system: You are a helpful assistant.
user:
Analyze the provided spectrum to determine if it is a **White Dwarf (WD)**.

A White Dwarf spectrum is defined by its **extreme purity** (due to gravitational settling) and/or **extreme pressure broadening** (due to high surface gravity). You must check for one of the following mutually exclusive signatures:

- **Key Visual Indicators (Check for ONE of these types):**

    - **1. DA-Type Signature (Most Common):**
        - **(Primary Feature):** Extreme pressure broadening (Stark broadening) of the **Hydrogen (H) Balmer lines**.
        - **(Key Lines):** $H\beta$ (approx. $4861$ Å) and $H\gamma$ (approx. $4340$ Å). $H\alpha$ (approx. $6563$ Å) will also be present if the wavelength range covers it.
        - **(Line Profile):** This is the **defining feature**. The lines are **NOT** sharp. They appear as massive, **extremely broad and deep "troughs" or "dips"** in the spectrum, often hundreds of Ångströms wide. The continuum will appear to "scoop" down at these wavelengths.
        - **(Distinction):** Normal A-type or B-type stars have *narrow* and *sharp* Hydrogen lines. A DA White Dwarf's lines are unmistakably "smeared" or "blurry" from pressure.

    - **2. DB-Type Signature:**
        - **(Primary Feature):** Broad absorption lines from **Neutral Helium (He I)**. The spectrum must lack any visible Hydrogen lines.
        - **(Key Lines):** Look for broad absorption near $4471$ Å, $4921$ Å, and $5876$ Å.
        - **(Line Profile):** These lines are also significantly pressure-broadened, appearing much wider than they would in a normal B-type main-sequence star.

    - **3. DC-Type Signature:**
        - **(Primary Feature):** A **featureless continuous spectrum**.
        - **(Line Profile):** The spectrum is a smooth curve with **no significant absorption or emission lines**.
        - **(Key Confirmation):** The continuum is almost always **blue or white**, indicating a hot object. This signature implies the atmosphere is so pure (or so cool) that no spectral lines are visible in the optical range. Its WD identity is confirmed by its extremely low intrinsic brightness (high absolute magnitude).

    - **4. DZ-Type Signature (Metal-Polluted):**
        - **(Primary Feature):** **Isolated, narrow metal absorption lines** on an otherwise featureless (DC-like) continuum.
        - **(Key Lines):** The **Calcium (Ca II) H & K doublet** (approx. **$3934$ Å** and **$3968$ Å**) is the most common and defining feature.
        - **(Line Profile):** These lines are "out of place." They are *not* part of a "forest" of thousands of lines. This signature is evidence of recent *accretion* (pollution) from rocky debris.
        - **(Distinction):** Normal G/K/M stars have a *dense forest* of thousands of metal lines. A DZ has a *clean* continuum with *only a few* strong metal lines.

    - **5. DQ-Type Signature (Carbon-Polluted):**
        - **(Primary Feature):** Absorption bands from **Carbon (C₂ "Swan Bands" or atomic C I)**.
        - **(Key Lines - C₂):** Look for bandheads with a "saw-tooth" shape near $5635$ Å, **$5165$ Å** (strongest), and $4737$ Å.
        - **(Key Confirmation):** The underlying **continuum must be blue or white** (hot).
        - **(Distinction):** This is the critical difference from a **Carbon Star**, which has the *exact same* C₂ bands but on an extremely **red, cool** continuum.

- **(Overall Spectrum):**
    - The continuum (overall shape) is typically **blue-sloping** (brighter in the blue than the red), as most white dwarfs are very hot.
    - The spectrum will look "pure" or "simple," dominated by only *one* of the five signatures listed above.

Think first, call **spectral_visualization_tool** if needed to examine features in detail, then provide your final answer. Your response must adhere to the following strict rules:
1.  **Overall Structure:** Your response must follow the format `<think>...</think> <tool_call>...</tool_call> (if a tool is used) <answer>...</answer>`.
2.  **Tool Usage Constraint:** You may only make **one** tool call per turn.
3.  **Final Answer Format:** In the `<answer>` tag, your conclusion must be inside a `\boxed{}` command (e.g., `\boxed{YES}` or `\boxed{NO}`), followed by your justification.

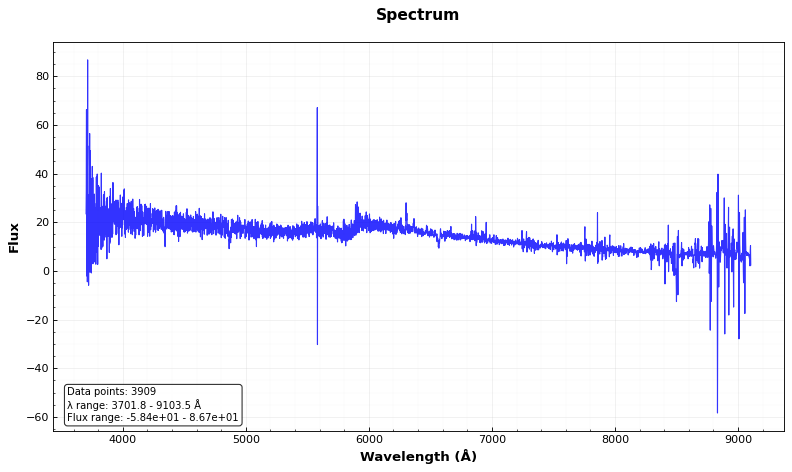
Answer: YES